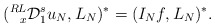
\begin{align*}(\prescript{RL}{x}{\mathcal{D}}_{1}^{s}u_N, L_N)^*=(I_Nf,L_N)^*. \end{align*}